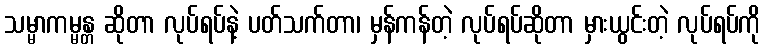
သမ္မာကမ္မန္တ ဆိုတာ လုပ်ရပ်နဲ့ ပတ်သက်တာ၊ မှန်ကန်တဲ့ လုပ်ရပ်ဆိုတာ မှားယွင်းတဲ့ လုပ်ရပ်ကို